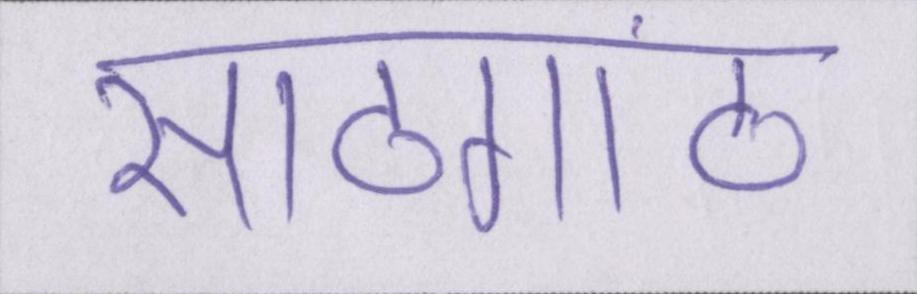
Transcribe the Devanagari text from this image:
साठगांठ